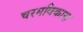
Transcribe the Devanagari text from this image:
चरमविकास